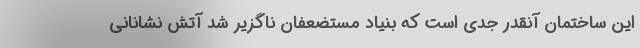
این ساختمان آنقدر جدی است که بنیاد مستضعفان ناگزیر شد آتش نشانانی